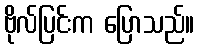
ဗိုလ်ပြင်းက ပြောသည်။